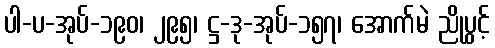
ပါ-ပ-အုပ်-၁၉၀၊ ၂၉၅၊ ဋ္ဌ-ဒု-အုပ်-၁၅၇၊ အောက်မဲ ညိုပွင့်